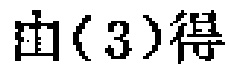
由(3)得